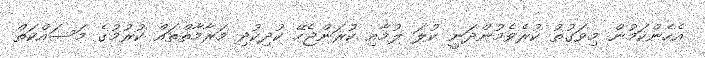
އެހެންކަމުން މިވަގުތު ކުރެވެމުންދަނީ ކުލަ ލުމާއި ކުރަންޖެހޭ ކުދިކުދި މަރާމާތްތައް ކުރުމުގެ މަސައްކަތް